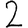
Digit: 2